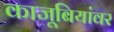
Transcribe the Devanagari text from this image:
काजूबियांवर